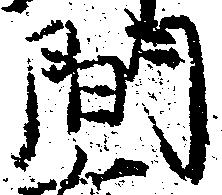
間